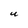
Character: U